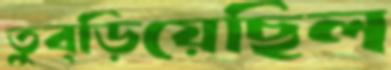
তুব্‌ড়িয়েছিল